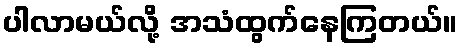
ပါလာမယ်လို့ အသံထွက်နေကြတယ်။